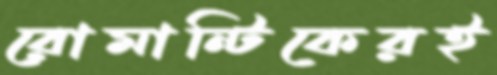
রোমান্টিকেরই